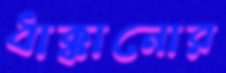
ধাক্কানোর